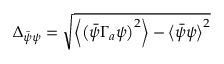
\Delta _ { \bar { \psi } \psi } = \sqrt { \left\langle \left( \bar { \psi } \Gamma _ { a } \psi \right) ^ { 2 } \right\rangle - \left\langle \bar { \psi } \psi \right\rangle ^ { 2 } }